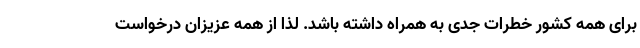
برای همه کشور خطرات جدی به همراه داشته باشد. لذا از همه عزیزان درخواست